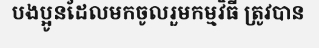
បងប្អូនដែលមកចូលរួមកម្មវិធី ត្រូវបាន